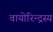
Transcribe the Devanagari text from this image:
वायोरिन्द्रस्य